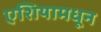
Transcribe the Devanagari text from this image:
एशियामधून